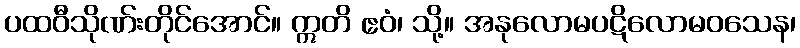
ပထဝီသိုဏ်းတိုင်အောင်။ ဣတိ ဧဝံ၊ သို့။ အနုလောမပဋိလောမဝသေန၊